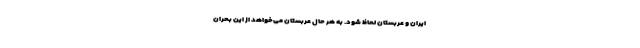
ایران و عربستان لحاظ شود. به هر حال عربستان می‌خواهد از این بحران